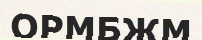
ОРМБЖМ